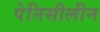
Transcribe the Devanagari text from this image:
पेनिसीलीन